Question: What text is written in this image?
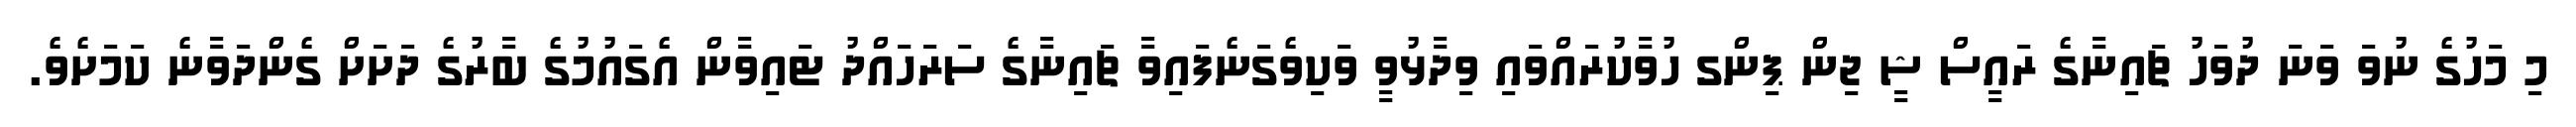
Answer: މި މަހުގެ ނުވަ ވަނަ ދުވަހު ޗައިނާގެ ރައީސް ޝީ ޖިން ޕިންގ ހުވާކުރައްވައި ވިދާޅުވީ ވަކިވެގަނެފައިވާ ޗައިނާގެ ސަރަހައްދު ޓައިވާން އެގައުމުގެ ބާރުގެ ދަށަށް ގެންދަވާނެ ކަމަށެވެ.